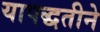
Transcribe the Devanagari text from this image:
यापद्धतीने